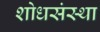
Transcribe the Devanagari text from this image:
शोधसंस्था